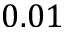
0 . 0 1